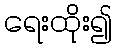
ရေးထိုး၍